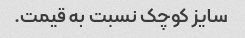
سایز کوچک نسبت به قیمت.